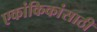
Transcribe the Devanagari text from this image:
एकांकिकांसाठी